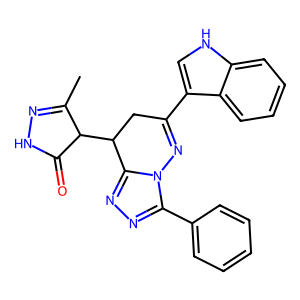
SMILES: CC1=NNC(=O)C1C1CC(c2c[nH]c3ccccc23)=Nn2c(-c3ccccc3)nnc21
Inhibits HIV replication: No